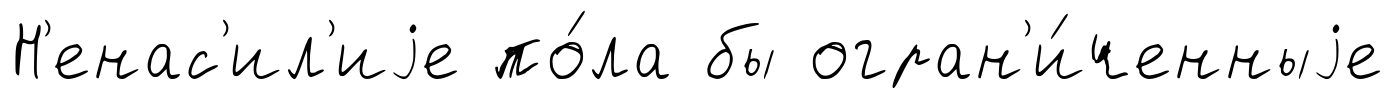
Н'енас'ил'иjе по́ла бы огран'и́ченныjе